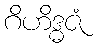
ဂိဟိဒ္ဓဇံ